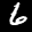
Digit: 6